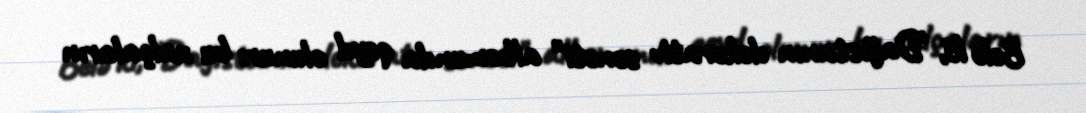
Belə ki, "Dağıstanın dekorativ sənəti" albomunda qeyd olunur: bu xalçaların